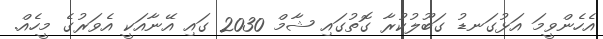
އެހެންވީމަ އަޅުގަނޑު ގަބޫލުކުރާ ގޮތުގައި ޝާމް 2030 ގައި އޭނާއަކީ އެވަރުގެ މީހެއް.